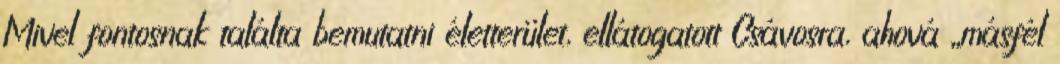
Mivel fontosnak találta bemutatni életterület, ellátogatott Csávosra, ahová „másfél